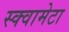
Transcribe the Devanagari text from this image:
स्क्वामेटा